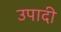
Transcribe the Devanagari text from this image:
उपादी